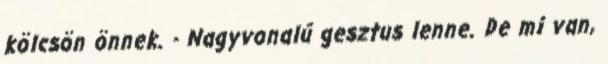
kölcsön önnek. - Nagyvonalú gesztus lenne. De mi van,